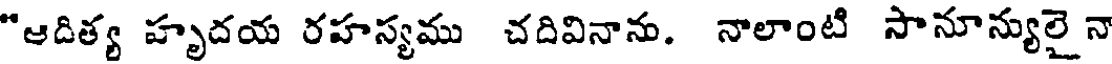
"ఆదిత్య హృదయ రహస్యము చదివినాను. నాలాంటి సానూన్యులై నా